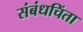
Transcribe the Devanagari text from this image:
संबंधचिंता